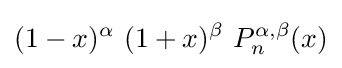
(1-x)^{\alpha }\ (1+x)^{\beta }\ P_{n}^{\alpha ,\beta }(x)